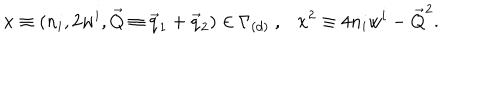
{ \bf x } \equiv ( n _ { i } , 2 w ^ { i } , \vec { Q } \equiv \vec { q } _ { 1 } + \vec { q } _ { 2 } ) \in \Gamma _ { ( d ) } ~ , { \bf x } ^ { 2 } \equiv 4 n _ { i } w ^ { i } - \vec { Q } ^ { 2 } .